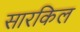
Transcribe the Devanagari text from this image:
सारकिल